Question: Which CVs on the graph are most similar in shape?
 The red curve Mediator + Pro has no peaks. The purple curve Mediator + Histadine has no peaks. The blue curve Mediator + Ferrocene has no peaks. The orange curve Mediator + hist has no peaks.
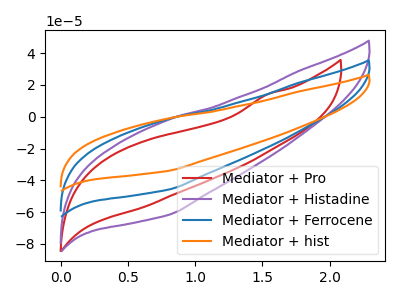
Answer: <think>Neither "Mediator + Pro" or "Mediator + Histadine" have any peaks. Neither "Mediator + Pro" or "Mediator + Ferrocene" have any peaks. Neither "Mediator + Pro" or "Mediator + hist" have any peaks. Neither "Mediator + Histadine" or "Mediator + Ferrocene" have any peaks. Neither "Mediator + Histadine" or "Mediator + hist" have any peaks. Neither "Mediator + Ferrocene" or "Mediator + hist" have any peaks.
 </think>
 <answer>"Mediator + Histadine", "Mediator + Pro", "Mediator + Ferrocene" and "Mediator + hist" have the same shape and are likely CV's of the same chemical.</answer>
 <eval>"Mediator + Histadine" "Mediator + Pro" "Mediator + Ferrocene" "Mediator + hist"</eval>